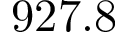
9 2 7 . 8